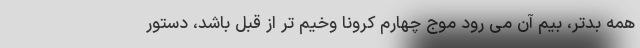
همه بدتر، بیم آن می رود موج چهارم کرونا وخیم تر از قبل باشد، دستور